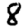
Digit: 8